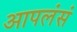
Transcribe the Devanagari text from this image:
आपलंसं